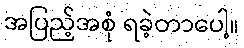
အပြည့်အစုံ ရခဲ့တာပေါ့။